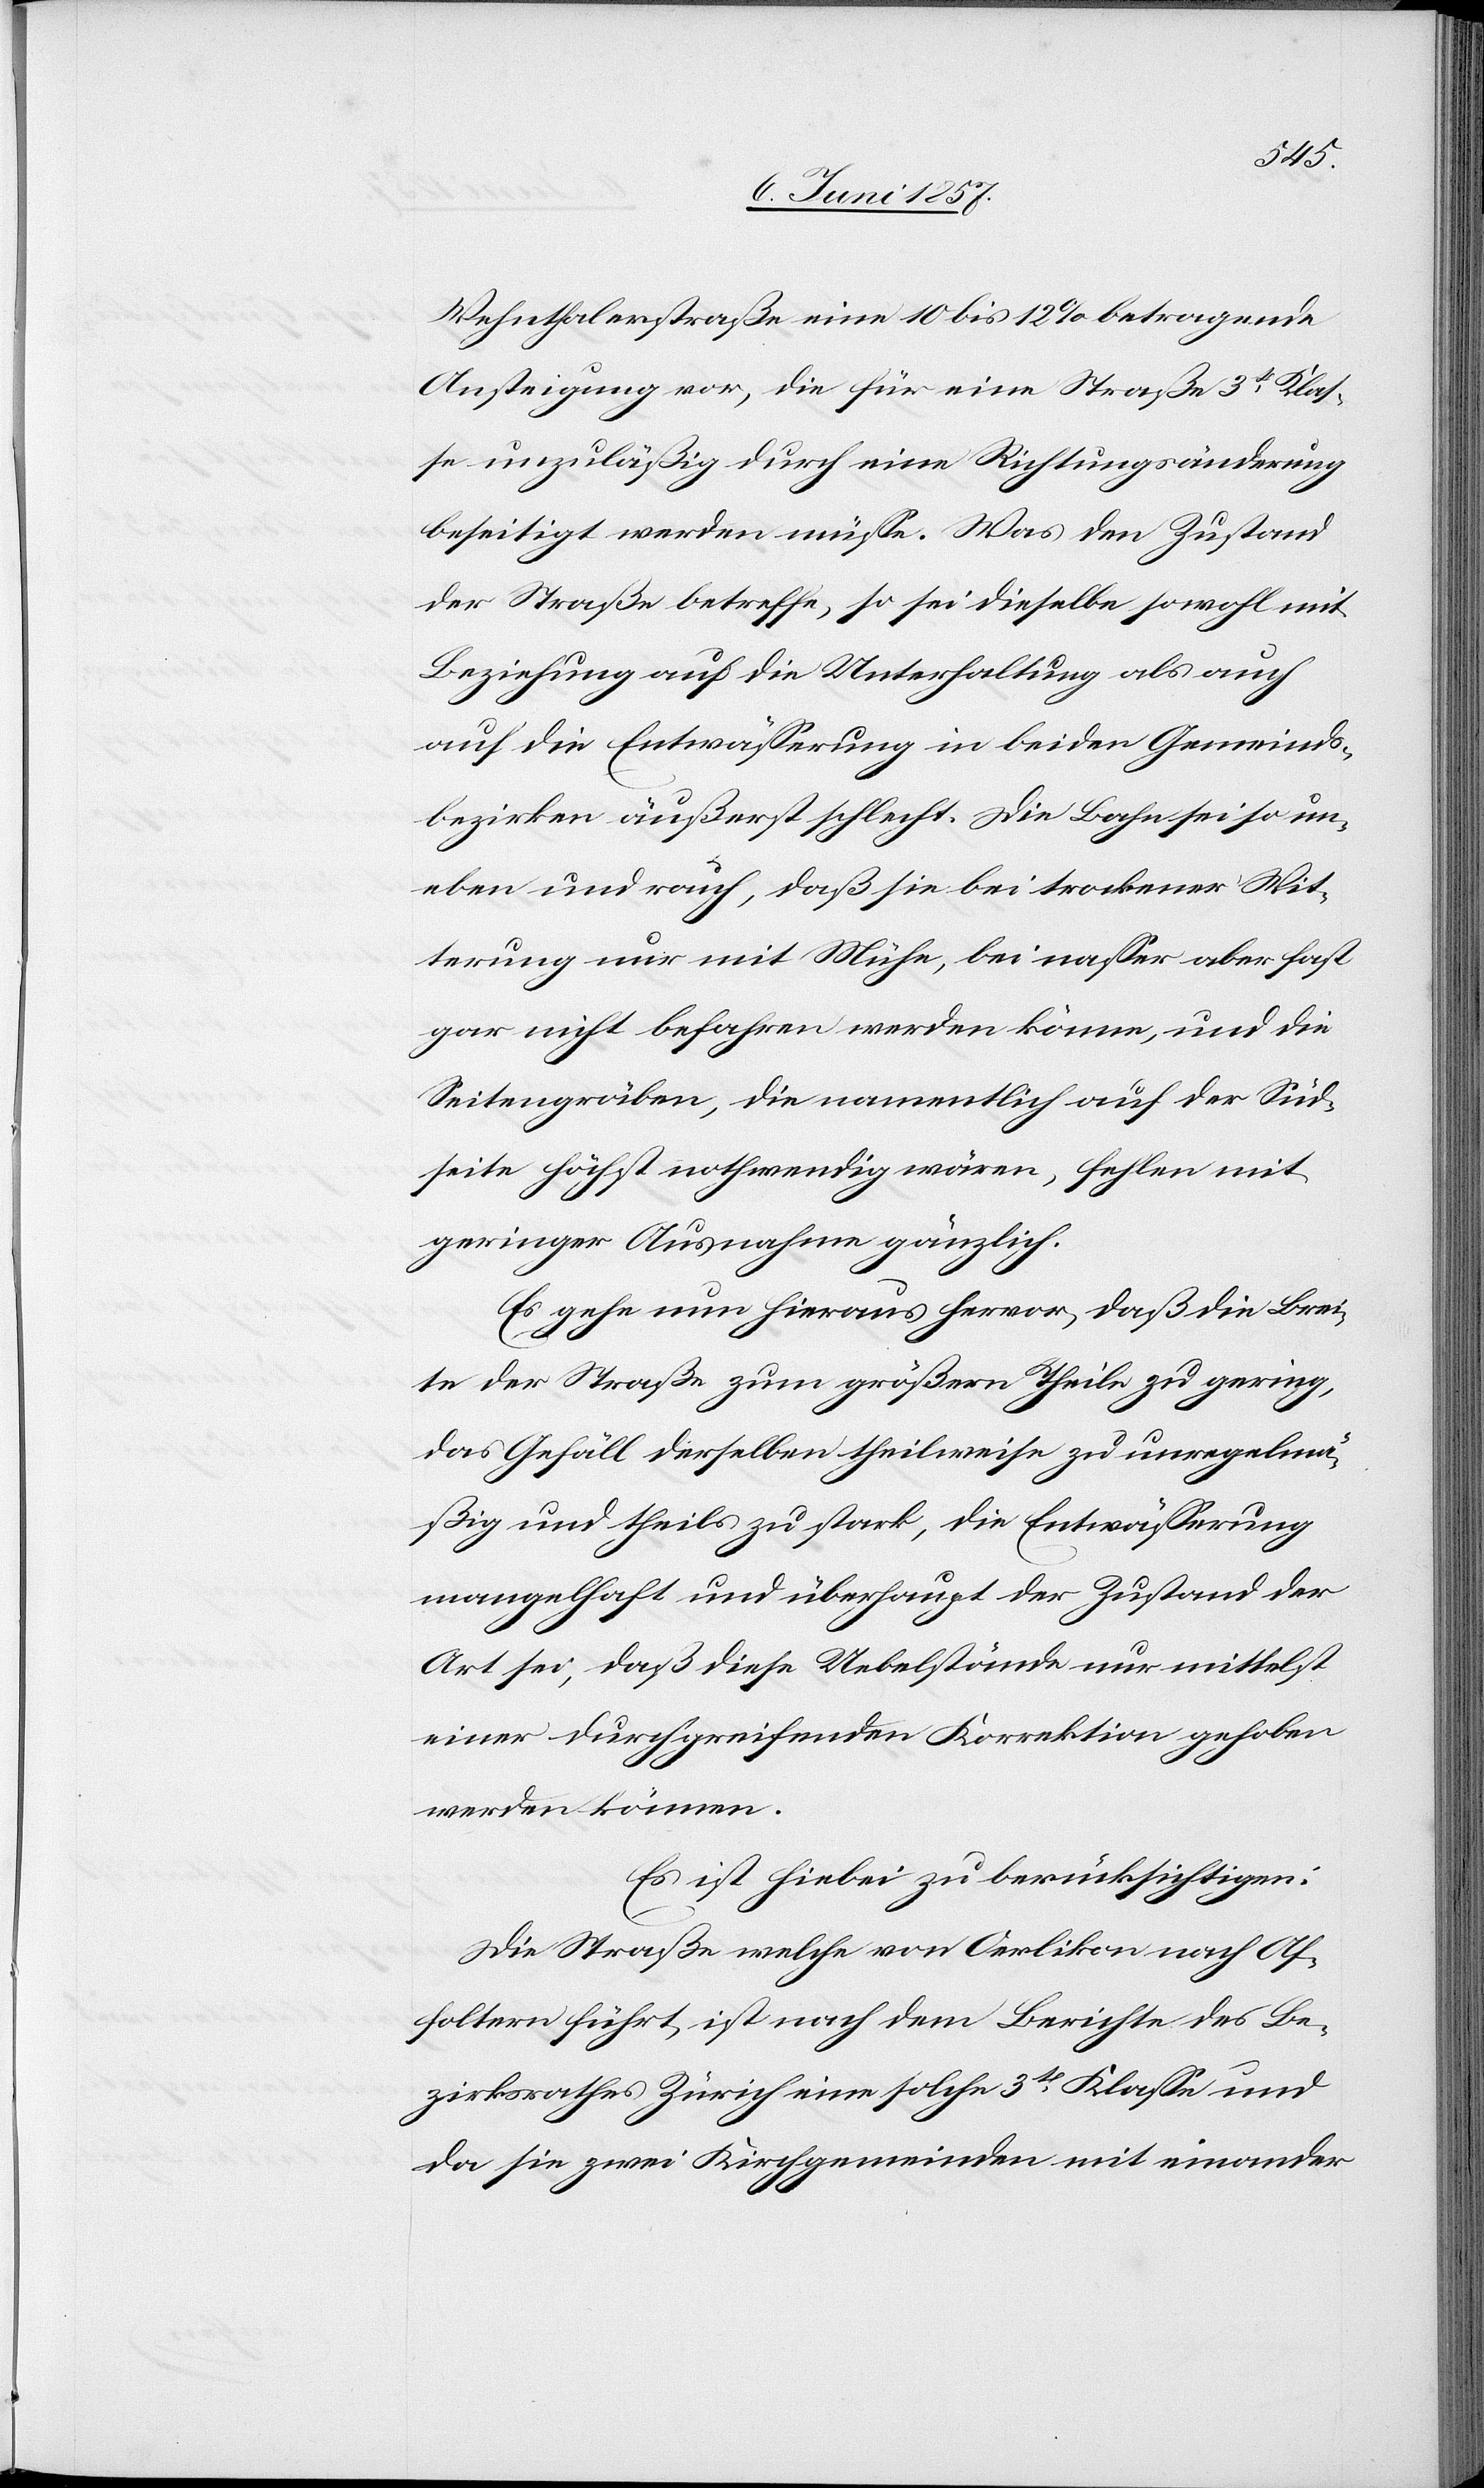
Wehnthalerstraße eine 10 bis 12% betragende
Ansteigung vor, die für eine Straße 3tr Klas¬
se unzuläßig durch eine Richtungsänderung
beseitigt werden müsse. Was den Zustand
der Straße betreffe, so sei dieselbe sowohl mit
Beziehung auf die Unterhaltung als a¬
uch die Entwässerung in beiden Gemeinds¬
bezirken, äußerst schlecht. Die Bahn sei so un¬
eben und rauh, daß sie bei trockener Wit¬
terung nur mit Mühe, bei nasser aber fast
gar nicht befahren werden könne, und die
Seitengräben, die namentlich auf der Süd¬
seite höchst nothwendig wären, fehlen mit
geringer Ausnahme gänzlich.
Es gehe nun hieraus hervor, daß die Brei¬
te der Straße zum größern Theil zu gering,
das Gefäll derselben theilweise zu unregelmä¬
ßig und theils zu stark, die Entwässerung
mangelhaft und überhaupt der Zustand der
Art sei, daß diese Uebelstände nur mittelst
einer durchgreifenden Korrektion gehoben
werden können.
Es ist hiebei zu berücksichtigen:
Die Straße welche von Oerlikon nach Af¬
foltern führt, ist nach dem Berichte des Be¬
zirksrathes Zürich eine solche 3tr Klasse und
da sie zwei Kirchgemeinden mit einander